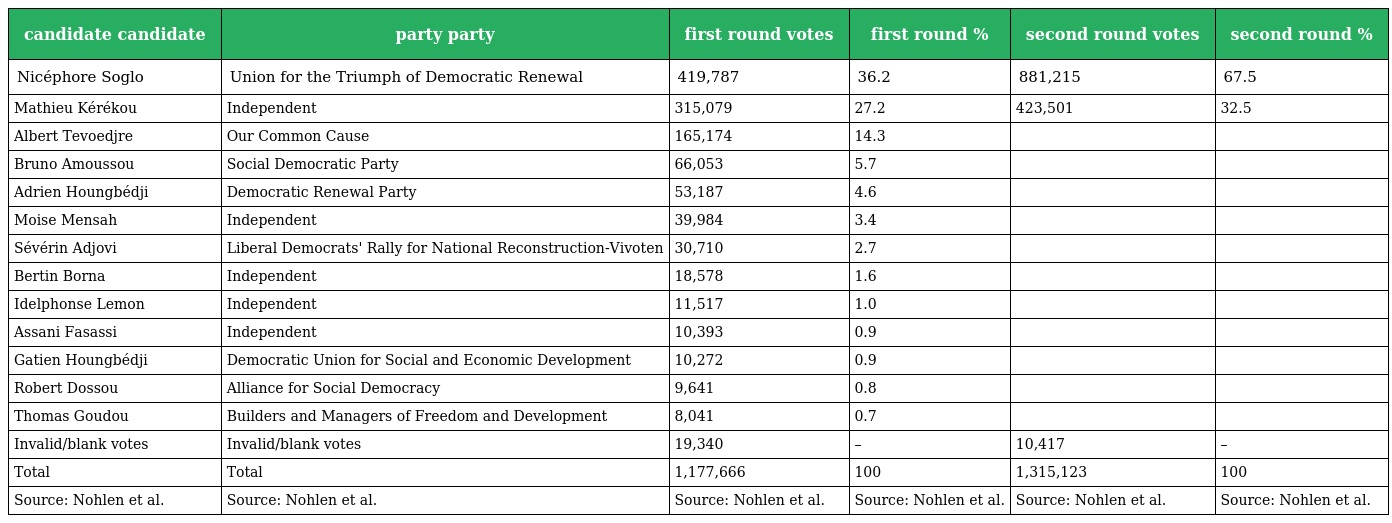
| candidate candidate | party party | first round votes | first round % | second round votes | second round % |
 | --- | --- | --- | --- | --- | --- |
 | Nicéphore Soglo | Union for the Triumph of Democratic Renewal | 419,787 | 36.2 | 881,215 | 67.5 |
 | Mathieu Kérékou | Independent | 315,079 | 27.2 | 423,501 | 32.5 |
 | Albert Tevoedjre | Our Common Cause | 165,174 | 14.3 |  |  |
 | Bruno Amoussou | Social Democratic Party | 66,053 | 5.7 |  |  |
 | Adrien Houngbédji | Democratic Renewal Party | 53,187 | 4.6 |  |  |
 | Moise Mensah | Independent | 39,984 | 3.4 |  |  |
 | Sévérin Adjovi | Liberal Democrats' Rally for National Reconstruction-Vivoten | 30,710 | 2.7 |  |  |
 | Bertin Borna | Independent | 18,578 | 1.6 |  |  |
 | Idelphonse Lemon | Independent | 11,517 | 1.0 |  |  |
 | Assani Fasassi | Independent | 10,393 | 0.9 |  |  |
 | Gatien Houngbédji | Democratic Union for Social and Economic Development | 10,272 | 0.9 |  |  |
 | Robert Dossou | Alliance for Social Democracy | 9,641 | 0.8 |  |  |
 | Thomas Goudou | Builders and Managers of Freedom and Development | 8,041 | 0.7 |  |  |
 | Invalid/blank votes | Invalid/blank votes | 19,340 | – | 10,417 | – |
 | Total | Total | 1,177,666 | 100 | 1,315,123 | 100 |
 | Source: Nohlen et al. | Source: Nohlen et al. | Source: Nohlen et al. | Source: Nohlen et al. | Source: Nohlen et al. | Source: Nohlen et al. |